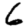
Digit: 6